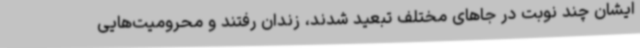
ایشان چند نوبت در جاهای مختلف تبعید شدند، زندان رفتند و محرومیت‌هایی